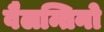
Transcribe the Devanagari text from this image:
वैलन्तिनो